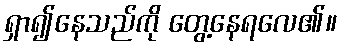
ရှာ၍နေသည်ကို တွေ့နေရလေ၏။